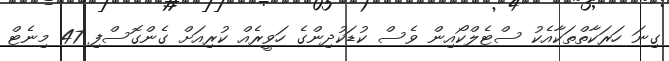
ގިނަ ހަރަކާތްތަކާއެކު ސްޓެލްކޯއިން ވެސް ކުޑަކުދިންގެ ހަވީރެއް ކުރިއަށް ގެންގޮސްފި 47 މިނެޓް